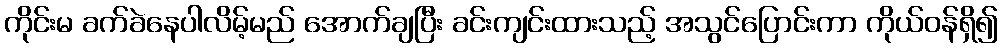
ကိုင်းမ ခက်ခဲနေပါလိမ့်မည် အောက်ချပြီး ခင်းကျင်းထားသည့် အသွင်ပြောင်းကာ ကိုယ်ဝန်ရှိ၍